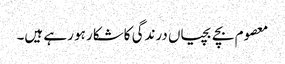
معصوم بچے بچیاں درندگی کاشکار ہو رہے ہیں۔